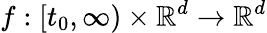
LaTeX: f:[t_{0},\infty)\times\mathbb{R}^{d}\to\mathbb{R}^{d}